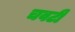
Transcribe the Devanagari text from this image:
चवटी